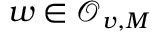
w \in \mathcal { O } _ { v , M }